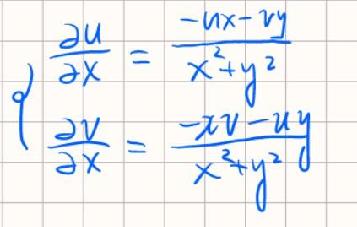
\[
\begin{cases}
\frac{\partial u}{\partial x}=\frac{-ux - vy}{x^{2}+y^{2}}\\
\frac{\partial v}{\partial x}=\frac{-xv - uy}{x^{2}+y^{2}}
\end{cases}
\]